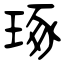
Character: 琢